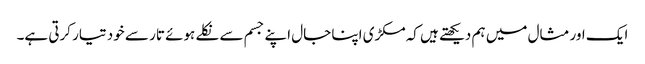
ایک اور مثال میں ہم دیکھتے ہیں کہ مکڑی اپنا جال اپنے جسم سے نکلے ہوئے تار سے خود تیار کرتی ہے۔